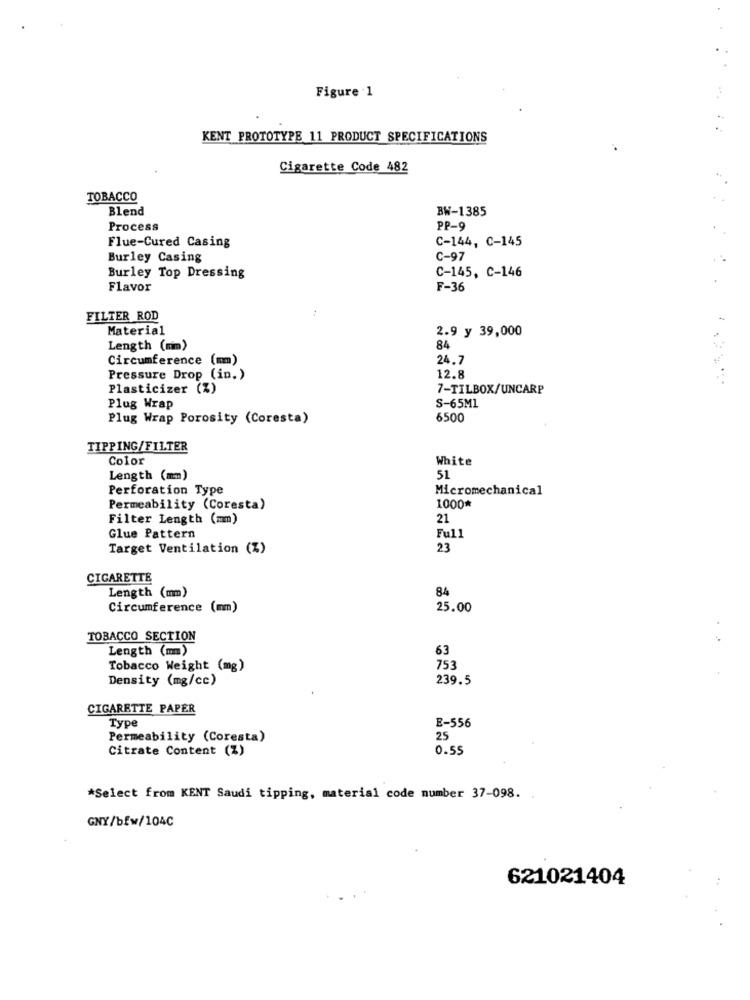
Figure 1
KENT PROTOTYPE 11 PRODUCT SPECIFICATIONS
Cigarette Code 482
TOBACCO
Blend
BW-1385
Process
PP-9
C-144, C-145
Flue-Cured Casing
Burley Casing
C-97
C-145, C-146
Burley Top Dressing
Flavor
F-36
FILTER ROD
Material
2.9 y 39,000
Length (mm)
84
Circumference (mm)
24.7
Pressure Drop (in.)
12.8
Plasticizer (%)
7-TILBOX/UNCARP
S-65M1
Plug Wrap
Plug Wrap Porosity (Coresta)
6500
TIPPING/FILTER
Color
White
Length (mm)
51
Perforation Type
Micromechanical
Permeability (Coresta)
1000*
Filter Length (mm)
21
Glue Pattern
Full
Target Ventilation (Z)
23
CIGARETTE
Length (mm)
84
Circumference (mm)
25.00
TOBACCO SECTION
Length (mm)
63
Tobacco Weight (mg)
753
Density (mg/cc)
239.5
CIGARETTE PAPER
Type
E-556
Permeability (Coresta)
25
Citrate Content (%)
0.55
*Select from KENT Saudi tipping, material code number 37-098.
GNY/bfw/104C
621021404